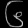
Digit: ၆